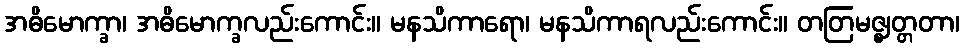
အဓိမောက္ခာ၊ အဓိမောက္ခလည်းကောင်း။ မနသိကာရော၊ မနသိကာရလည်းကောင်း။ တတြမဇ္ဈတ္တတာ၊